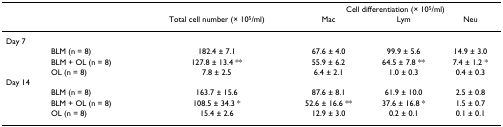
|  |  |  | <COLSPAN=3> Cell differentiation (× 105/ml) |
 |  |  | Total cell number (× 105/ml) | Mac | Lym | Neu |
 | --- | --- | --- | --- | --- | --- |
 | Day 7 |  |  |  |  |  |
 |  | BLM (n = 8) | 182.4 ± 7.1 | 67.6 ± 4.0 | 99.9 ± 5.6 | 14.9 ± 3.0 |
 |  | BLM + OL (n = 8) | 127.8 ± 13.4 ** | 55.9 ± 6.2 | 64.5 ± 7.8 ** | 7.4 ± 1.2 * |
 |  | OL (n = 8) | 7.8 ± 2.5 | 6.4 ± 2.1 | 1.0 ± 0.3 | 0.4 ± 0.3 |
 | Day 14 |  |  |  |  |  |
 |  | BLM (n = 8) | 163.7 ± 15.6 | 87.6 ± 8.1 | 61.9 ± 10.0 | 2.5 ± 0.8 |
 |  | BLM + OL (n = 8) | 108.5 ± 34.3 * | 52.6 ± 16.6 ** | 37.6 ± 16.8 * | 1.5 ± 0.7 |
 |  | OL (n = 8) | 15.4 ± 2.6 | 12.9 ± 3.0 | 0.2 ± 0.1 | 0.1 ± 0.1 |